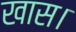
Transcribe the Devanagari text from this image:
खास।